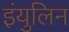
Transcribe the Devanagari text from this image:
इंयुलिन